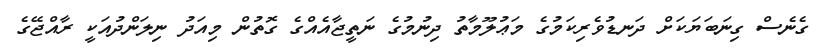
ގެނެސް ގިނަބަޔަކަށް ދަނޑުވެރިކަމުގެ މަޢުލޫމާތު ދިނުމުގެ ނަތީޖާއެއްގެ ގޮތުން މިއަދު ނިލަންދުއަކީ ރާއްޖޭގެ